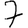
Digit: 7